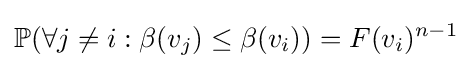
\mathbb {P} (\forall j\neq i:\beta (v_{j})\leq \beta (v_{i}))=F(v_{i})^{n-1}